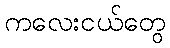
ကလေးငယ်တွေ